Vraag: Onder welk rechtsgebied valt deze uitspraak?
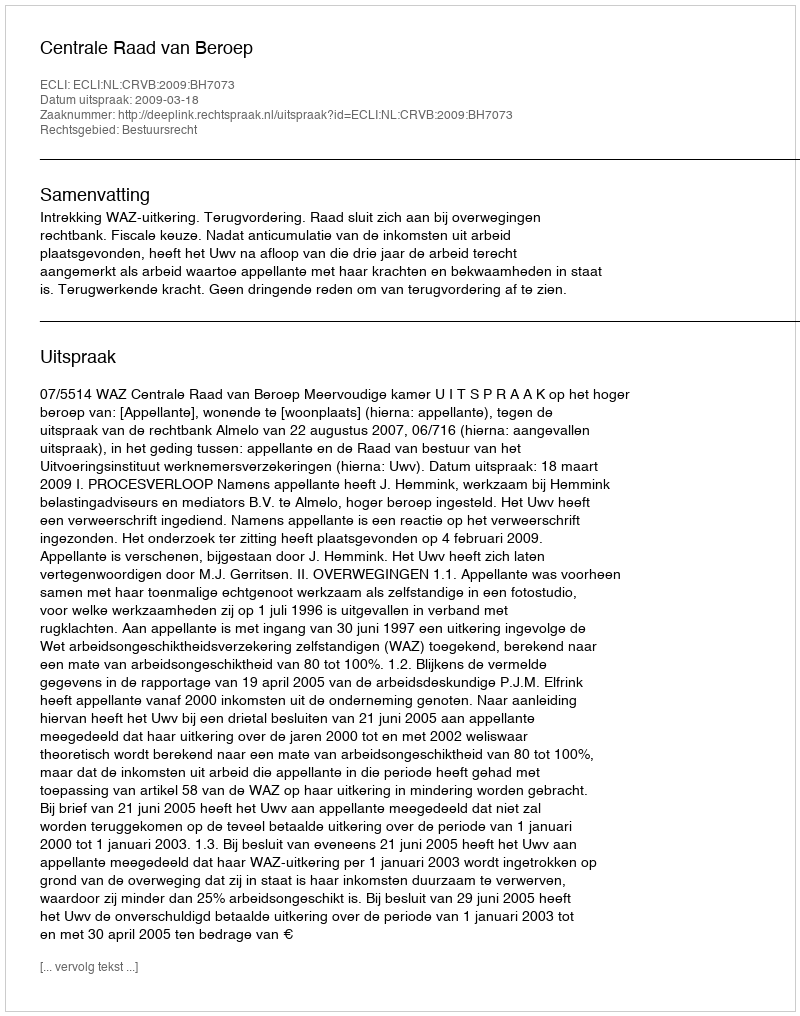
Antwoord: Bestuursrecht